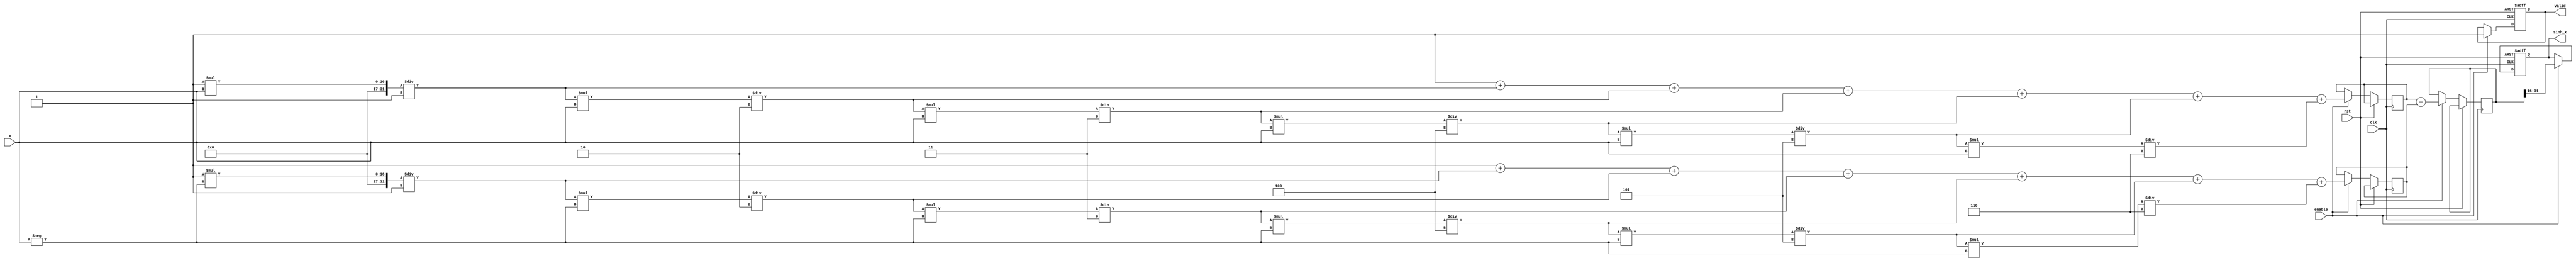
module sinh_block (
    input wire clk,
    input wire rst,
    input wire [15:0] x, // Input value for which sinh is computed (fixed-point)
    input wire enable,    // Control signal to start computation
    output reg [15:0] sinh_x, // Output for sinh(x)
    output reg valid      // Signal to indicate output is valid
);

    // Internal signals
    reg [31:0] exp_x;     // e^x
    reg [31:0] exp_neg_x; // e^(-x)
    reg [31:0] diff;      // e^x - e^(-x)

    // Exponential function using Taylor series (up to 7 terms)
    function [31:0] exp_taylor;
        input [15:0] x;
        reg [31:0] result;
        reg signed [31:0] term;
        integer i;
        begin
            result = 32'h00000000; // Initialize result
            term = 32'h00000001;   // First term is 1
            for (i = 0; i < 7; i = i + 1) begin
                result = result + term;
                term = (term * x) / (i + 1); // Calculate next term (x^n/n!)
            end
            exp_taylor = result;
        end
    endfunction

    // Main computation block
    always @(posedge clk or posedge rst) begin
        if (rst) begin
            sinh_x <= 16'b0;
            valid <= 1'b0;
        end else if (enable) begin
            // Compute e^x and e^(-x)
            exp_x <= exp_taylor(x);
            exp_neg_x <= exp_taylor(-x);
            
            // Calculate e^x - e^(-x)
            diff <= exp_x - exp_neg_x;
            
            // Calculate sinh(x) = (e^x - e^(-x)) / 2
            sinh_x <= diff[31:16]; // Take upper bits for the fixed-point result
            valid <= 1'b1; // Indicate output is ready
        end
    end

endmodule